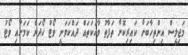
މަޖިލީސް އިންތިހާބަށް ކައިރިކޮށް ތަފާތު ވާހަކަތައް ދައްކަވަނީ ވޯޓު ހޯދަން ކަމަށާއި ވޯޓު